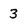
Character: 3